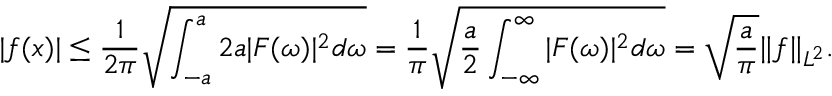
| f ( x ) | \leq { \frac { 1 } { 2 \pi } } { \sqrt { \int _ { - a } ^ { a } 2 a | F ( \omega ) | ^ { 2 } d \omega } } = { \frac { 1 } { \pi } } { \sqrt { { \frac { a } { 2 } } \int _ { - \infty } ^ { \infty } | F ( \omega ) | ^ { 2 } d \omega } } = { \sqrt { \frac { a } { \pi } } } \| f \| _ { L ^ { 2 } } .